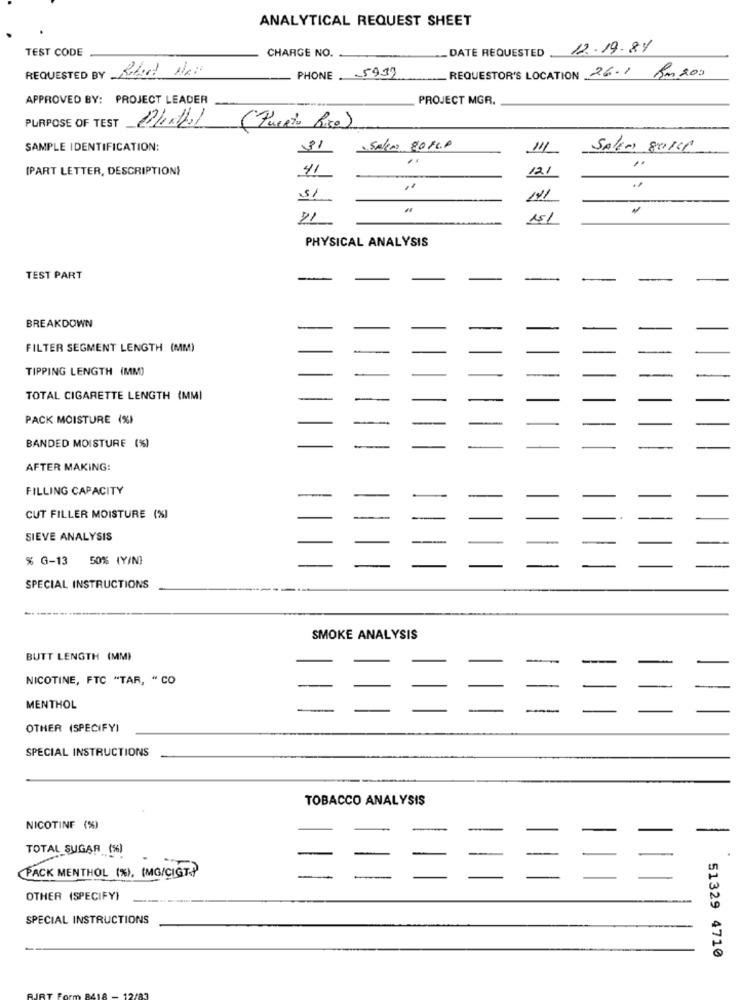
ANALYTICAL REQUEST SHEET
TEST CODE
CHARGE NO.
DATE REQUESTED
12.19.84
5939
REQUESTOR'S LOCATION 26.1 km 200
REQUESTED BY
PHONE
APPROVED BY: PROJECT LEADER
PROJECT MGR.
PURPOSE OF TEST
(Puerto Rico)
SAMPLE IDENTIFICATION:
31
Salas 80 PCP
111
SALEN 8011
(PART LETTER, DESCRIPTION)
41
12.1
141
151
PHYSICAL ANALYSIS
TEST PART
BREAKDOWN
FILTER SEGMENT LENGTH (MM)
TIPPING LENGTH (MM)
TOTAL CIGARETTE LENGTH (MMI
PACK MOISTURE (%)
BANDED MOISTURE (%)
AFTER MAKING:
FILLING CAPACITY
CUT FILLER MOISTURE (%)
SIEVE ANALYSIS
% G-13 50% (Y/N)
SPECIAL INSTRUCTIONS
SMOKE ANALYSIS
BUTT LENGTH (MM)
NICOTINE, FTC "TAR, " CO
MENTHOL
OTHER (SPECIFY)
SPECIAL INSTRUCTIONS
TOBACCO ANALYSIS
NICOTINE (%)
-
-
TOTAL SUGAR (%)
PACK MENTHOL (%), (MG/CIGT.)
OTHER (SPECIFY)
SPECIAL INSTRUCTIONS
51329 4710